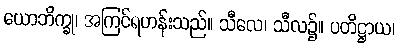
ယောဘိက္ခု၊ အကြင်ရဟန်းသည်။ သီလေ၊ သီလ၌။ ပတိဋ္ဌာယ၊